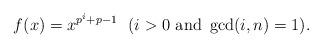
LaTeX: \begin{align*}f (x) = x^{p^i + p-1} \ \ (i > 0 \ \mbox{and} \ \gcd (i, n) = 1). \end{align*}